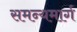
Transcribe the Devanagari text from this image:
समन्यमार्ग